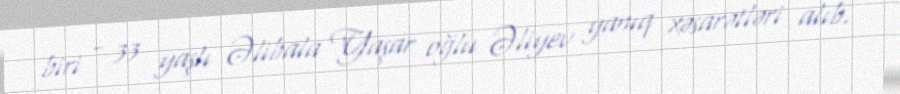
biri - 33 yaşlı Əlibala Yaşar oğlu Əliyev yanıq xəsarətləri alıb.